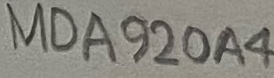
Text: MDA920A4